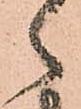
ゝ